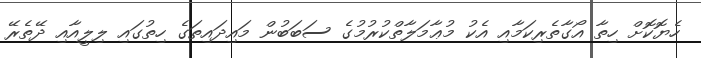
ހެޔޮކޮށް ހިތާ އޯގާތެރިކަމާއި އެކު މުޢާމަލާތްކުރުމުގެ ސަބަބުން މައިދައިތަގެ ހިތުގައި ލިލީއާއި ދޭތެރޭ